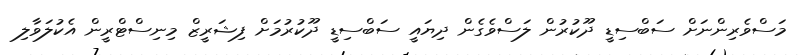
މަސްވެރިންނަށް ސަބްސިޑީ ދޫކުރުން ލަސްވެގެން ދިޔައީ ސަބްސިޑީ ދޫކުރުމަށް ފިޝަރީޒް މިނިސްޓްރީން އެކުލަވާލި